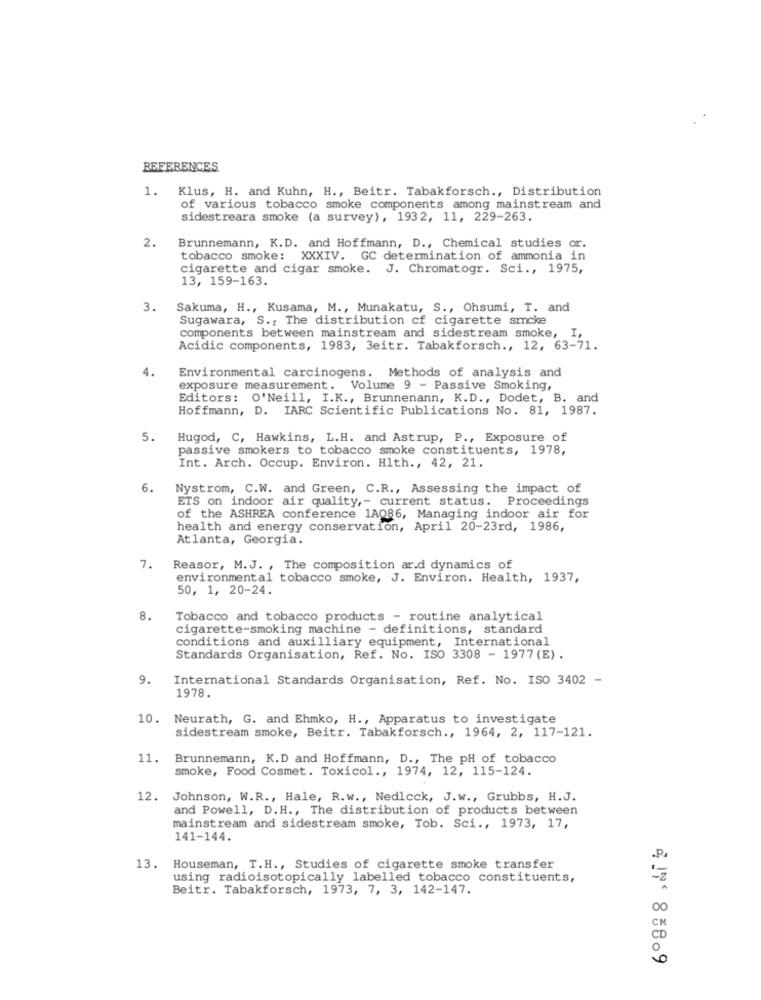
REFERENCES
Klus, H. and Kuhn, H ., Beitr. Tabakforsch ., Distribution
1.
of various tobacco smoke components among mainstream and
sidestreara smoke (a survey), 1932, 11, 229-263.
2.
Brunnemann, K.D. and Hoffmann, D ., Chemical studies or.
tobacco smoke: XXXIV. GC determination of ammonia in
cigarette and cigar smoke. J. Chromatogr. Sci ., 1975,
13, 159-163.
3.
Sakuma, H ., Kusama, M ., Munakatu, S ., Ohsumi, T. and
Sugawara, S .: The distribution cf cigarette smoke
components between mainstream and sidestream smoke,
Acidic components, 1983, 3eitr. Tabakforsch ., 12, 63-71.
4.
Environmental carcinogens. Methods of analysis and
exposure measurement. Volume 9 - Passive Smoking,
Editors: O'Neill, I.K ., Brunnenann, K.D ., Dodet, B. and
Hoffmann, D. IARC Scientific Publications No. 81, 1987.
5.
Hugod, C, Hawkins, L.H. and Astrup, P ., Exposure of
passive smokers to tobacco smoke constituents, 1978,
Int. Arch. Occup. Environ. Hlth ., 42, 21.
6.
Nystrom, C.W. and Green, C.R ., Assessing the impact of
ETS on indoor air quality ,- current status. Proceedings
of the ASHREA conference 1A086, Managing indoor air for
health and energy conservation, April 20-23rd, 1986,
Atlanta, Georgia.
7.
Reasor, M.J. , The composition ar.d dynamics of
environmental tobacco smoke, J. Environ. Health, 1937,
50, 1, 20-24.
8.
Tobacco and tobacco products - routine analytical
cigarette-smoking machine - definitions, standard
conditions and auxilliary equipment, International
Standards Organisation, Ref. No. ISO 3308 - 1977 (E).
9.
International Standards Organisation, Ref. No. ISO 3402 -
1978.
10. Neurath, G. and Ehmko, H ., Apparatus to investigate
sidestream smoke, Beitr. Tabakforsch ., 1964, 2, 117-121.
11.
Brunnemann, K.D and Hoffmann, D ., The pH of tobacco
smoke, Food Cosmet. Toxicol ., 1974, 12, 115-124.
12.
Johnson, W.R ., Hale, R.w ., Nedlcck, J.w ., Grubbs, H.J.
and Powell, D.H ., The distribution of products between
mainstream and sidestream smoke, Tob. Sci ., 1973, 17,
141-144.
.P.
13. Houseman, T.H ., Studies of cigarette smoke transfer
using radioisotopically labelled tobacco constituents,
Beitr. Tabakforsch, 1973, 7, 3, 142-147.
00
CM
0
4 85809